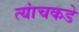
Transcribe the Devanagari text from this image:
त्यांचकडे